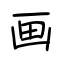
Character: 画